Lunatic asylums Central Provinces reports 1874-1885 - 1874-1885
Year: 1874
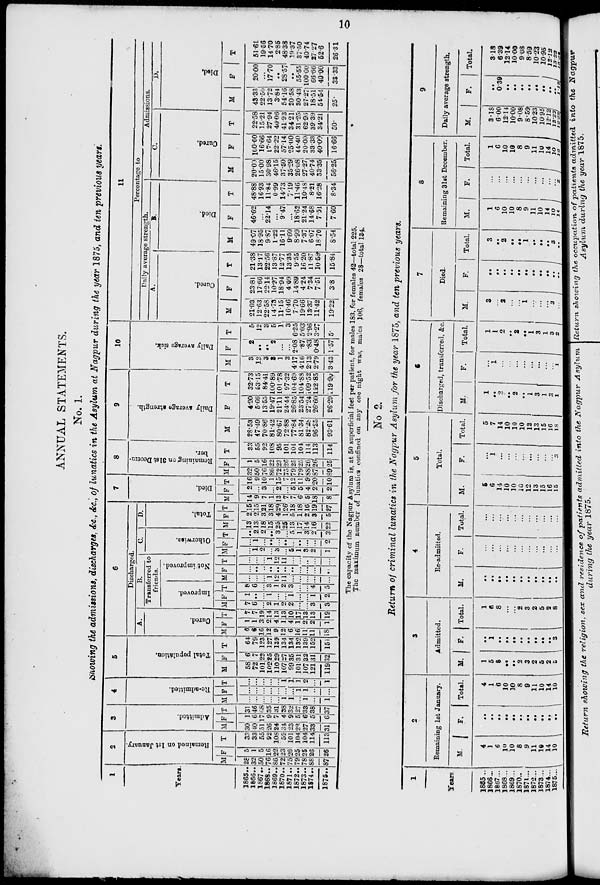
10
ANNUAL STATEMENTS.
No. 1.
Showing the admissions, discharges, &c., &c., of lunatics in the Asylum at Nagpur during the year 1875, and ten previous years.
1
Years.
1865...
1866...
1867 ....
1868...
1869 ...
1870...
1871...
1872 ...
1873 ...
1874..
1875...
2
Remained on 1st January.
M.
28
32
50
76
86
72
75
79
78
88
87
F
5
1
5
16
22
23
26
25
25
26
26
T
33
33
55
92
108
95
101
104
104
114
113
3
Admitted.
M
30
40
51
26
24
34
23
22
27
33
31
F
1
6
17
9
7
4
9
5
6
5
6
T
31
46
68
35
31
38
32
27
33
38
37
4
Re-admitted.
M
...
...
...
...
...
1
1
...
1
...
1
F
...
...
...
...
...
...
...
1
1
...
...
T
...
...
...
...
...
1
1
1
2
...
1
5
Total population.
M
58
72
101
102
110
107
99
101
107
121
119
F
6
7
22
25
29
27
35
31
32
31
32
T
64
79
123
127
139
134
134
132
139
152
151
6
Discharged.
A.
Cured.
M
6
6
16
12
9
12
6
16
11
11
18
F
1
1
3
2
4
1
4
1
2
2
1
T
7
7
19
14
13
13
10
17
13
13
19
B.
Transferred to
friends.
Improved.
M
7
6
...
2
1
2
2
...
...
3
3
F
1
...
...
1
...
...
1
...
...
1
2
T
8
6
...
3
1
2
3
...
...
4
5
Not improved
M
...
...
...
1
12
11
...
...
...
...
...
F
...
...
...
...
...
...
...
...
...
...
...
T
...
...
...
1
12
11
...
...
...
...
...
C.
Otherwise.
M
...
1
2
...
3
...
5
1
3
2
1
F
...
1
...
...
...
...
...
...
...
...
2
T
..
2
2
..
3
...
5
1
3
2
3
D.
Total.
M
13
13
18
15
25
25
13
17
14
16
22
F
2
2
3
3
4
1
5
1
2
3
5
T
15
15
21
18
29
26
18
18
16
19
27
7
Died.
M
14
9
7
1
13
7
7
6
5
18
8
F
2
...
3
...
2
...
5
5
4
2
2
T
16
9
10
1
15
7
12
11
9
20
10
8
Remaining on 31st Decem-
ber.
M
32
50
76
86
72
75
79
79
88
87
89
F
1
5
16
22
23
26
25
25
26
26
25
T
33
55
92
108
95
101
104
104
114
113
114
9
Daily average strength.
M
28.53
47.49
70.86
81.42
80.67
72.88
77.84
81.34
82.28
96.25
93.61
F
4.20
5.66
13.55
19.47
21.11
24.44
26.85
23.54
27.24
26.60
26.29
T
32.73
53.15
84.41
100.89
101.78
97.32
104.69
104.88
109.52
122.85
119.90
10
Daily average sick.
M
3
12
3
3
1
3
4.17
4.16
2.13
2.79
3.43
F
2
...
...
2
...
...
2.08
.87
.83
0.48
1.57
T
5
12
3
5
1
3
6.25
5.03
2.96
3.27
5.
11
Percentage to
Daily average strength.
A.
Cured.
M
21.03
12.63
22.58
14.73
11.15
16.46
7.70
19.66
13.37
11.42
19.22
F
23.81
17.66
22.14
10.27
18.94
4.09
14.89
4.24
7.34
7.51
3.8
T
21.38
13.17
22.56
13.87
12.77
13.35
9.55
16.20
11.87
10.58
15.84
B.
Died.
M
49.07
18.95
9.87
1.22
16.11
9.60
8.99
7.37
6.07
18.70
8.54
F
46.62
...
22.14
...
9.47
...
18.62
21.24
14.68
7.51
7.60
T
48.88
16.93
11.84
0.99
14.73
7.19
11.46
10.48
8.21
16.28
8.34
Admissions.
C.
Cured.
M
20.00
15.00
30.98
46.15
37.50
35.29
26.08
27.27
40.74
33.35
56.25
F
100.00
16.66
17.64
22.22
57.14
25.00
44.40
20.00
33.33
40.00
16.66
T
22.58
15.21
27.94
40.06
41.93
34.21
31.25
62.96
39.39
34.21
50.
D.
Died.
M
43.33
22.50
13.72
3.84
54.16
20.58
30.43
27.27
18.51
54.54
25.
F
20.00
...
17.70
...
28.57
...
55.55
100.00
66.66
40.00
33.33
T
51.61
19.56
14.70
2.85
48.38
19.37
37.50
40.74
27.27
52.6
26.31
The capacity of the Nagpur Asylum is, at 50 superficial feet per patient, for males 183, for females 42—total 225.
The maximum number of lunatics confined on any one night was, males 106, females 28—total 134.
No 2.
Return of criminal lunatics in the Nagpur Asylum for the year 1875, and ten previous years.
1
Years.
1885 ...
1866 ...
1867 ...
1868 ...
1869 ...
1870 ...
1871 ...
1872 ...
1873 ...
1874 ...
1875 ...
2
Remaining 1st January.
M.
4
1
6
10
10
8
9
11
10
14
10
F.
...
...
...
...
...
...
...
...
...
...
...
Total.
4
1
6
10
10
8
9
11
10
14
10
3
Admitted.
M.
1
5
8
...
...
2
3
2
5
2
5
F
...
1
...
...
...
...
...
...
...
...
3
Total.
1
6
8
...
...
2
3
2
5
2
8
4
Re-admitted.
M.
...
...
...
...
...
...
...
...
...
...
...
F.
...
...
...
...
...
...
...
...
...
...
...
Total.
...
...
...
...
...
...
...
...
...
...
...
5
Total.
M.
5
6
14
10
10
10
12
13
15
16
15
F.
... 1
...
...
...
...
...
...
...
...
3
Total.
5
7
14
10
10
10
12
13
15
16
18
6
Discharged, transferred, &c.
M.
1
...
2
...
2
...
1
3
1
3
1
F.
...
1
...
...
...
...
...
...
...
...
1
Total.
1
1
2
...
2
...
1
3
1
3
2
7
Died.
M.
3
...
2
...
...
1
...
...
...
3
...
F.
...
...
...
...
...
...
...
...
...
...
...
Total.
3
...
2
...
...
1
...
...
...
3
...
8
Remaining 31§t December.
M.
1
6
10
10
8
9
11
10
14
10
14
F.
...
...
...
...
...
...
...
...
...
...
2
Total.
1
6
10
10
8
9
11
10
14
10
16
9
Daily average strength.
M.
3.18
6.00
12.14
10.00
9.08
8.59
10.23
10.95
12.12
13.22
12.22
F.
...
0.39
...
...
...
...
...
...
...
...
1.12
Total.
3.18
6.39
12.14
10.00
9.08
8.59
10.23
10.95
12.12
13.22
13.34